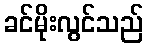
ခင်မိုးလွင်သည်